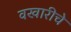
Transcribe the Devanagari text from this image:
वखारीचे